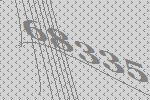
68335